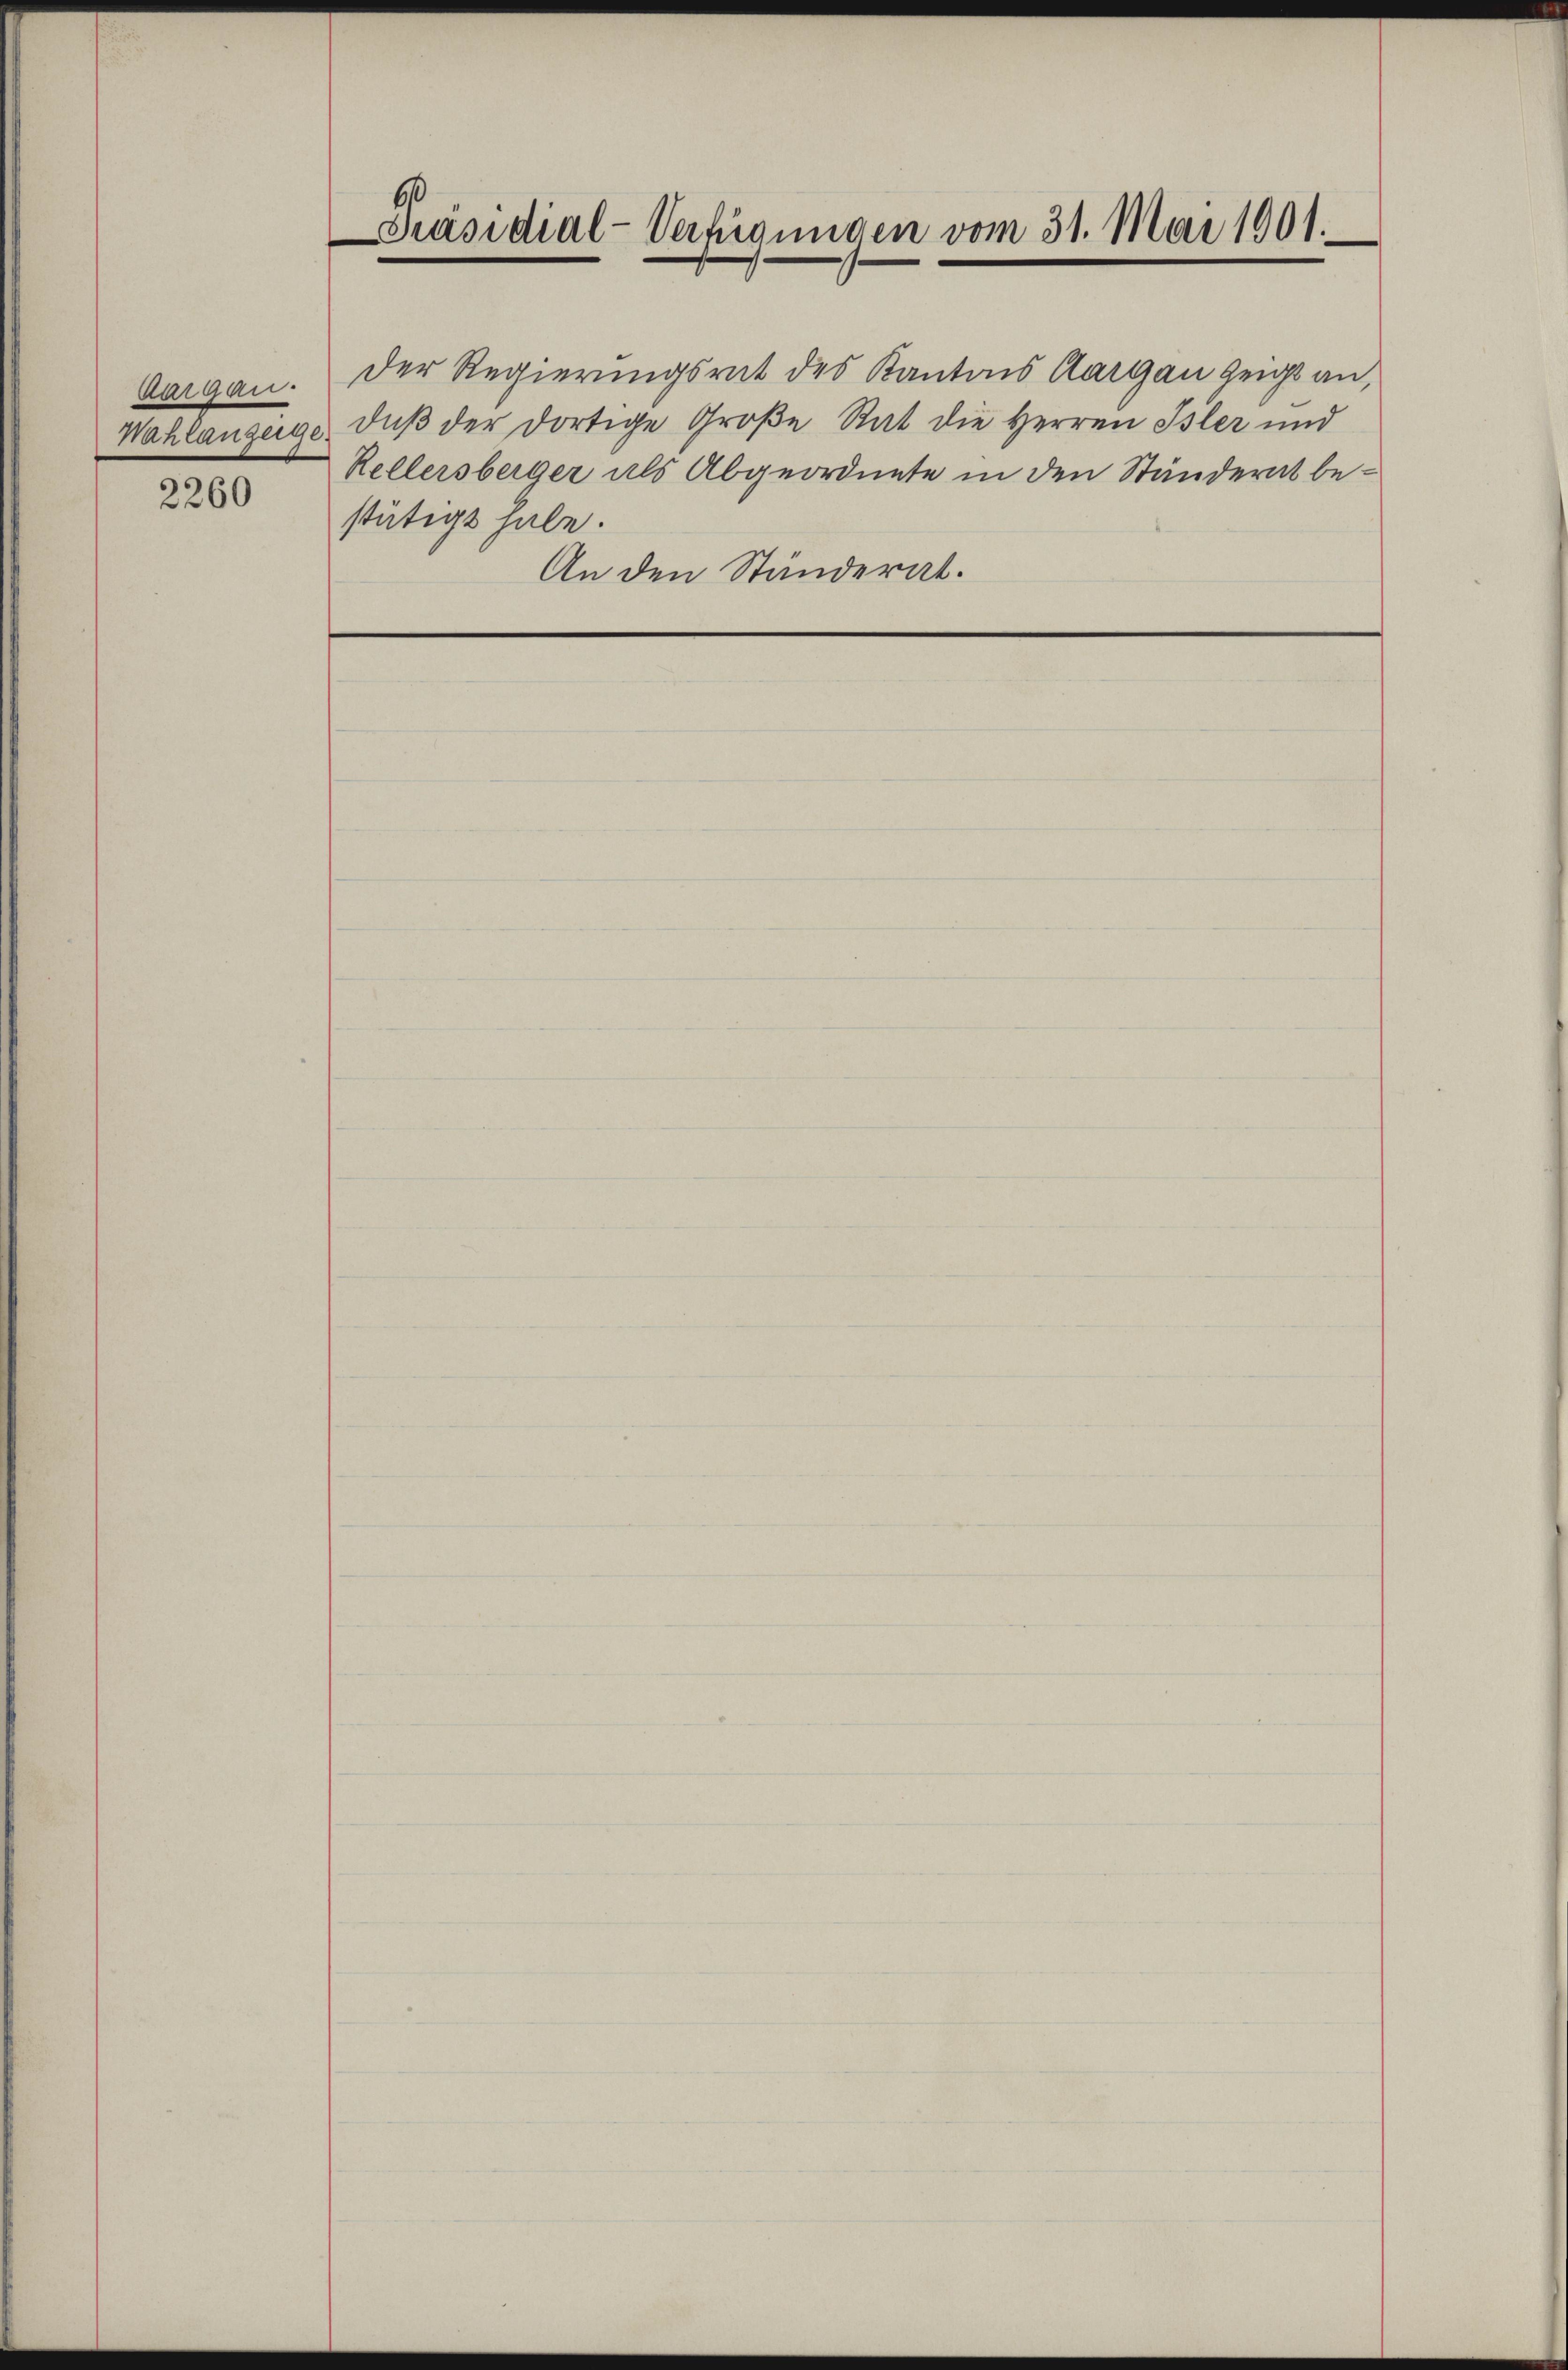
Aargau.

2260

Präsidial-Verfügungen vom 31. Mai 1901.

An den Ständerat.

Der Regierungsrat des Kantons Aargau zeigt an,
Wahlanzeige, daβ der dortige Große Rat die Herren Isler und
Kellersberger als Abgeordnete in den Ständerat bestätigt habe.